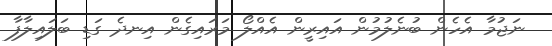
ނަޖުމާ އެހެން ބުނެލުމުން އައިރީން އެއްލޯ މަރައިގެން އިނދެ ގަޑި ބަލައިލާފާ